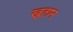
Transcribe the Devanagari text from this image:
खुतान